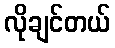
လိုချင်တယ်